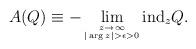
LaTeX: \begin{align*}A(Q)\equiv -\lim_{\stackrel{z\rightarrow \infty}{\scriptscriptstyle |\arg z|>\epsilon >0}}\mbox{ind}_z Q.\end{align*}